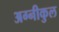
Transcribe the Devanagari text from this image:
अग्‍नीकुल